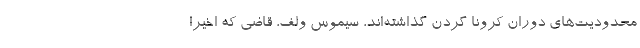
محدودیت‌های دوران کرونا گردن گذاشته‌اند، سیموس ولف، قاضی که اخیرا